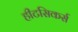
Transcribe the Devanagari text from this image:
हीटसिकर्स